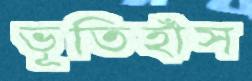
ভূতিহাঁস